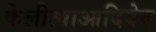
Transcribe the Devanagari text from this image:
केलीत्याआदिदेव